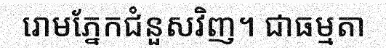
រោមភ្នែកជំនួសវិញ។ ជាធម្មតា